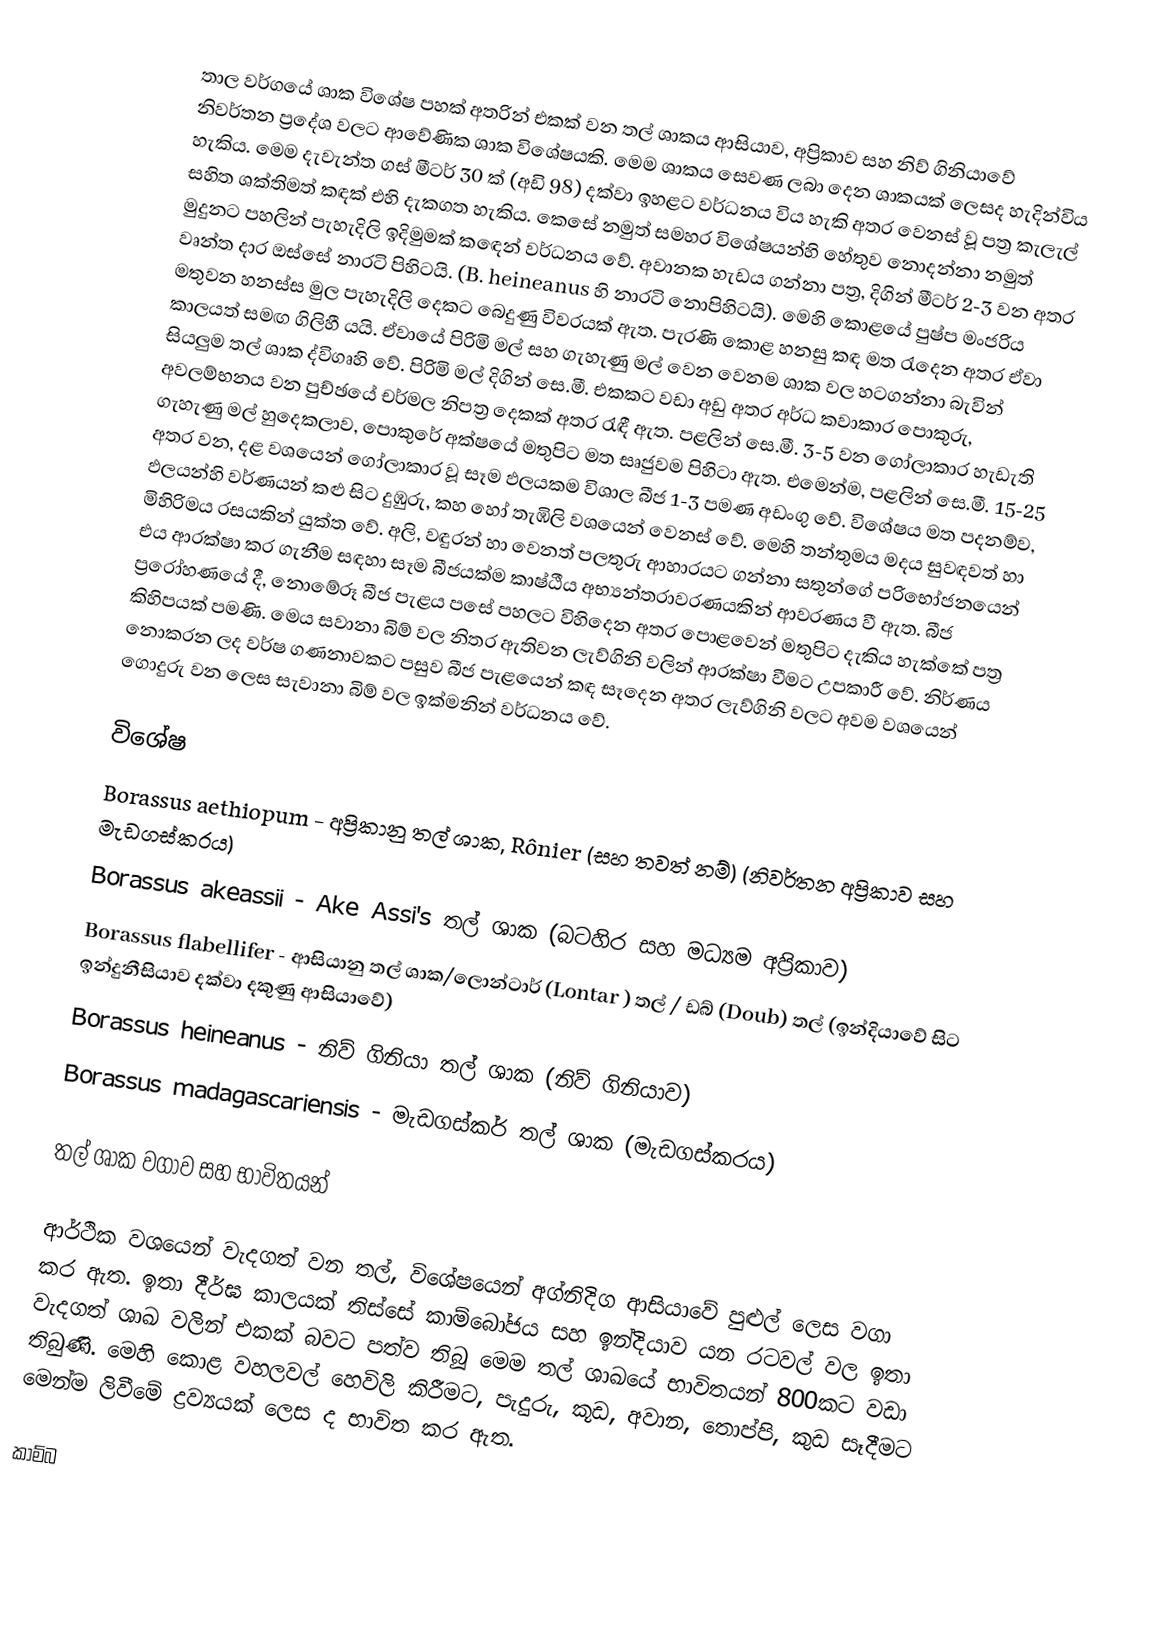
තාල වර්ගයේ ශාක විශේෂ පහක් අතරින් එකක් වන තල් ශාකය ආසියාව, අප්‍රිකාව සහ නිව් ගිනියාවේ නිවර්තන ප්‍රදේශ වලට ආවේණික ශාක විශේෂයකි. මෙම ශාකය සෙවණ ලබා දෙන ශාකයක් ලෙසද හැදින්විය හැකිය. මෙම  දැවැන්ත ගස් මීටර් 30 ක් (අඩි 98) දක්වා ඉහළට වර්ධනය විය හැකි අතර වෙනස් වූ පත්‍ර කැලැල් සහිත ශක්තිමත් කඳක් එහි දැකගත හැකිය. කෙසේ නමුත් සමහර විශේෂයන්හි හේතුව නොදන්නා නමුත් මුදුනට පහලින් පැහැදිලි ඉදිමුමක් කඳෙන් වර්ධනය වේ. අවානක හැඩය ගන්නා පත්‍ර, දිගින් මීටර් 2-3 වන අතර වෘන්ත දාර ඔස්සේ නාරටි පිහිටයි. (B. heineanus හි නාරටි නොපිහිටයි). මෙහි කොළයේ පුෂ්ප මංජරිය මතුවන හනස්ස මුල පැහැදිලි දෙකට බෙදුණු විවරයක් ඇත. පැරණි කොළ හනසු කඳ මත රැදෙන අතර ඒවා කාලයත් සමඟ ගිලිහී යයි. ඒවායේ පිරිමි මල් සහ ගැහැණු මල් වෙන වෙනම ශාක වල හටගන්නා බැවින් සියලුම තල් ශාක ද්විගෘහි වේ. පිරිමි මල් දිගින් සෙ.මී. එකකට වඩා අඩු අතර අර්ධ කවාකාර පොකුරු, අවලම්භනය වන පුච්ඡයේ චර්මල නිපත්‍ර දෙකක් අතර රැඳී ඇත. පළලින් සෙ.මී. 3-5 වන ගෝලාකාර හැඩැති ගැහැණු මල් හුදෙකලාව, පොකුරේ අක්ෂයේ මතුපිට මත සෘජුවම පිහිටා ඇත. එමෙන්ම, පළලින් සෙ.මී. 15-25 අතර වන, දළ වශයෙන් ගෝලාකාර වූ සෑම ඵලයකම විශාල බීජ 1-3 පමණ අඩංගු වේ. විශේෂය මත පදනම්ව, ඵලයන්හි වර්ණයන් කළු සිට දුඹුරු, කහ හෝ තැඹිලි වශයෙන් වෙනස් වේ. මෙහි තන්තුමය මදය සුවඳවත් හා මිහිරිමය රසයකින් යුක්ත වේ. අලි, වඳුරන් හා වෙනත් පලතුරු ආහාරයට ගන්නා සතුන්ගේ පරිභෝජනයෙන් එය ආරක්ෂා කර ගැනීම සඳහා සෑම බීජයක්ම කාෂ්ඨීය අභ්‍යන්තරාවරණයකින් ආවරණය වී ඇත. බීජ ප්‍රරෝහණයේ දී, නොමේරූ බීජ පැළය පසේ පහලට විහිදෙන අතර පොළවෙන් මතුපිට දැකිය හැක්කේ පත්‍ර කිහිපයක් පමණි. මෙය සවානා බිම් වල නිතර ඇතිවන ලැව්ගිනි වලින් ආරක්ෂා වීමට උපකාරී වේ. නිර්ණය නොකරන ලද වර්ෂ ගණනාවකට පසුව බීජ පැළයෙන් කඳ සෑදෙන අතර ලැව්ගිනි වලට අවම වශයෙන් ගොදුරු වන ලෙස සැවානා බිම් වල ඉක්මනින් වර්ධනය වේ.

විශේෂ
 Borassus aethiopum - අප්‍රිකානු තල් ශාක, Rônier (සහ තවත් නම්) (නිවර්තන අප්‍රිකාව සහ මැඩගස්කරය)
 Borassus akeassii - Ake Assi's තල් ශාක (බටහිර සහ මධ්‍යම අප්‍රිකාව)
 Borassus flabellifer - ආසියානු තල් ශාක/ලොන්ටාර් (Lontar ) තල් / ඩබ් (Doub) තල් (ඉන්දියාවේ සිට ඉන්දුනීසියාව දක්වා දකුණු ආසියාවේ)
 Borassus heineanus - නිව් ගිනියා තල් ශාක (නිව් ගිනියාව)
 Borassus madagascariensis - මැඩගස්කර් තල් ශාක (මැඩගස්කරය)

තල් ශාක වගාව සහ භාවිතයන්

ආර්ථික වශයෙන් වැදගත් වන තල්, විශේෂයෙන් අග්නිදිග ආසියාවේ පුළුල් ලෙස වගා කර ඇත. ඉතා දීර්ඝ කාලයක් තිස්සේ කාම්බෝජය සහ ඉන්දියාව යන රටවල් වල ඉතා වැදගත් ශාඛ වලින් එකක් බවට පත්ව තිබූ මෙම තල් ශාඛයේ භාවිතයන් 800කට වඩා තිබුණි. මෙහි කොළ වහලවල් හෙවිලි කිරීමට, පැදුරු, කූඩ, අවාන, තොප්පි, කුඩ සෑදීමට මෙන්ම ලිවීමේ ද්‍රව්‍යයක් ලෙස ද භාවිත කර ඇත.

කාම්බ